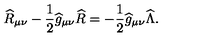
{ \widehat R } _ { \mu \nu } - { \frac { 1 } { 2 } } { \widehat g } _ { \mu \nu } { \widehat R } = - { \frac { 1 } { 2 } } { \widehat g } _ { \mu \nu } { \widehat \Lambda } .